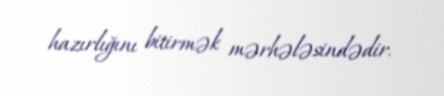
hazırlığını bitirmək mərhələsindədir.